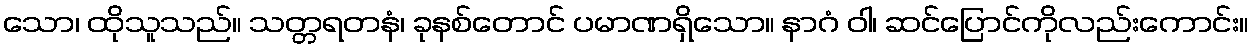
သော၊ ထိုသူသည်။ သတ္တရတနံ၊ ခုနစ်တောင် ပမာဏရှိသော။ နာဂံ ဝါ၊ ဆင်ပြောင်ကိုလည်းကောင်း။